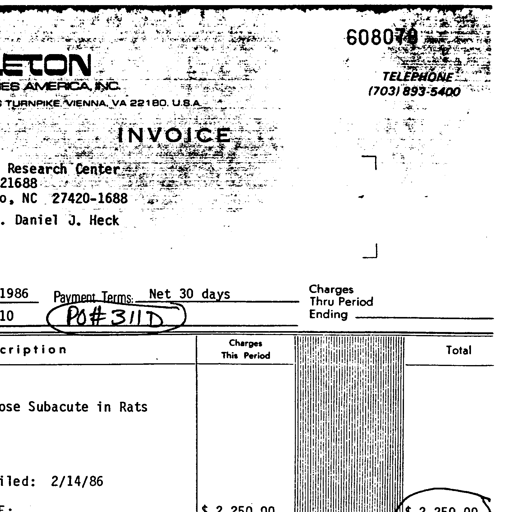
608070
ETON
TELEPHONE
ES AMERICA, INC.
(703) 893-5400
TURNPIKE, VIENNA, VA 22180, U.S.A.
INVOICE
Research Center
21688
o, NC 27420-1688
Daniel J. Heck
1986
Payment Terms: Net 30 days
Charges Thru Period Ending
PO# 311D
10
cription
Charges This Period
Total
ose Subacute in Rats
iled: 2/14/86
$ 2,250.00
$ 2,250.00